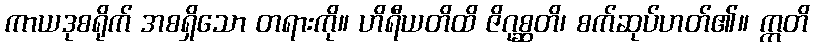
ကာယဒုစရိုက် အစရှိသော တရားကို။ ဟိရီယတိထိ ဇိဂုစ္ဆတိ၊ စက်ဆုပ်ဟတ်၏။ ဣတိ